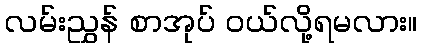
လမ်းညွှန် စာအုပ် ဝယ်လို့ရမလား။